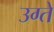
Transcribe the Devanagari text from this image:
उग्ते